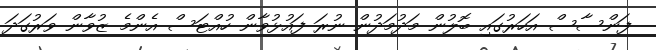
ފަންސާސް އަހަރުގައި ބޮލުން މަދުމަދުން ނުރަ ފައުޅުވާން ހުއްޓަސް އެންމެ ޒުވާން ވަރުގަދަ